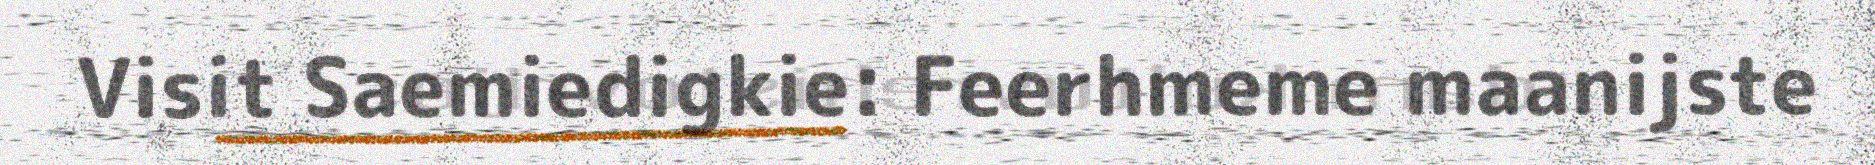
Visit Saemiedigkie: Feerhmeme maanijste